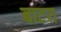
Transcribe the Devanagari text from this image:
बाटरा